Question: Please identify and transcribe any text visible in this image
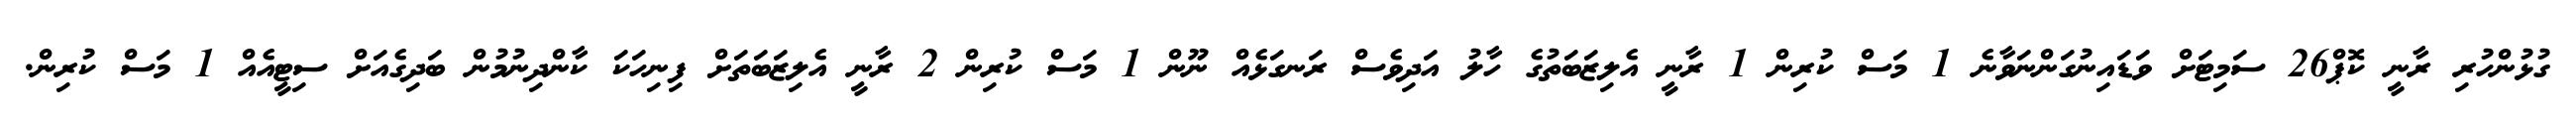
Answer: ގުޅުންހުރި ރާނީ ކޮޕް26 ސަމިޓަށް ވަޑައިނުގަންނަވާނެ 1 މަސް ކުރިން 1 ރާނީ އެލިޒަބަތުގެ ހާލު އަދިވެސް ރަނގަޅެއް ނޫން 1 މަސް ކުރިން 2 ރާނީ އެލިޒަބަތަށް ފިނިހަކަ ކާންދިނުމުން ބަދިގެއަށް ސިޓީއެއް 1 މަސް ކުރިން.